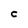
Character: C